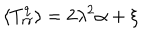
\langle { T _ { r r } ^ { q } } \rangle = 2 \lambda ^ { 2 } \alpha + \xi